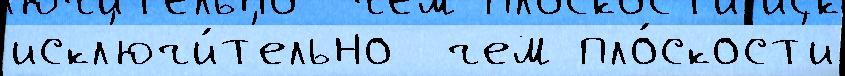
искл'ючи́т'ельно  чем пло́скост'и